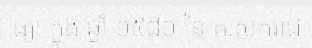
ធ្យា ក្នុង ឆ្នាំ ១៥៨១ នៃ គ.សករាជ